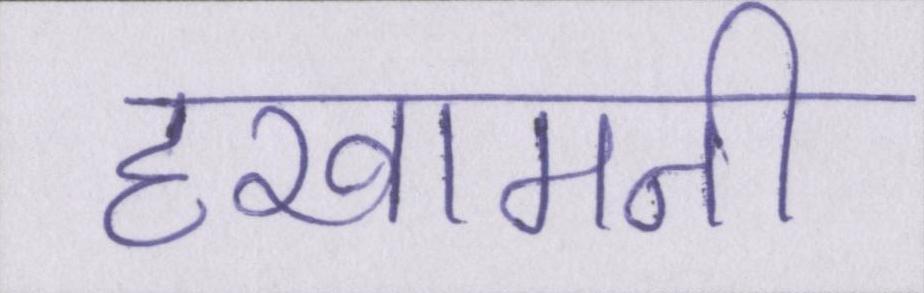
हखामनी